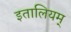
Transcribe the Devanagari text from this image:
इतालियम्